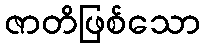
ဇာတိဖြစ်သော